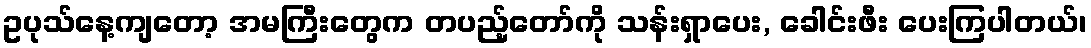
ဥပုသ်နေ့ကျတော့ အမကြီးတွေက တပည့်တော်ကို သန်းရှာပေး, ခေါင်းဖီး ပေးကြပါတယ်၊